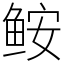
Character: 𩽾